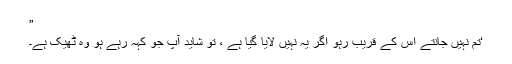
”
‘تم نہیں جانتے اس کے قریب رہو اگر یہ نہیں لایا گیا ہے ، تو شاید آپ جو کہہ رہے ہو وہ ٹھیک ہے۔